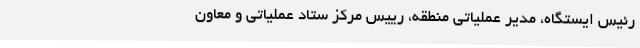
رئیس ایستگاه، مدیر عملیاتی منطقه، رییس مرکز ستاد عملیاتی و معاون